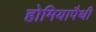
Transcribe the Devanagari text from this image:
होमियापैथी